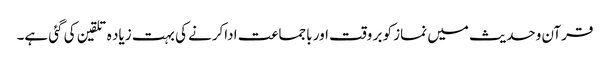
قرآن وحدیث میں نماز کو بر وقت اور باجماعت اداکرنے کی بہت زیاد ہ تلقین کی گئی ہے۔